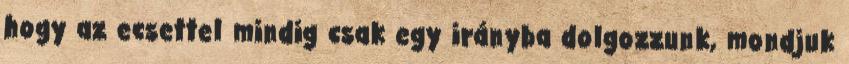
hogy az ecsettel mindig csak egy irányba dolgozzunk, mondjuk